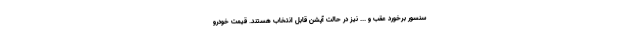
سنسور برخورد عقب و ... نیز در حالت آپشن قابل انتخاب هستند. قیمت خودرو